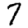
Digit: 7